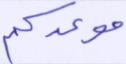
موعدكم